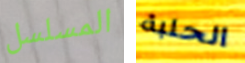
المسلسل الحلبة